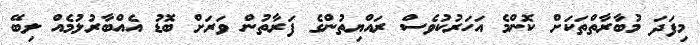
މިފަދަ މުބާރާތްތަކަށް ކޮންމެ އަހަރުކުވެސް ރައްޔިތުންގެ ފަރާތުން ވަރަށް ބޮޑު އެއްބާރުލުމެއް ލިބޭ